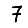
Digit: 7